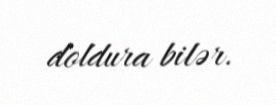
doldura bilər.